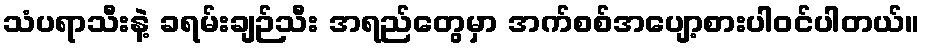
သံပရာသီးနဲ့ ခရမ်းချဉ်သီး အရည်တွေမှာ အက်စစ်အပျော့စားပါဝင်ပါတယ်။